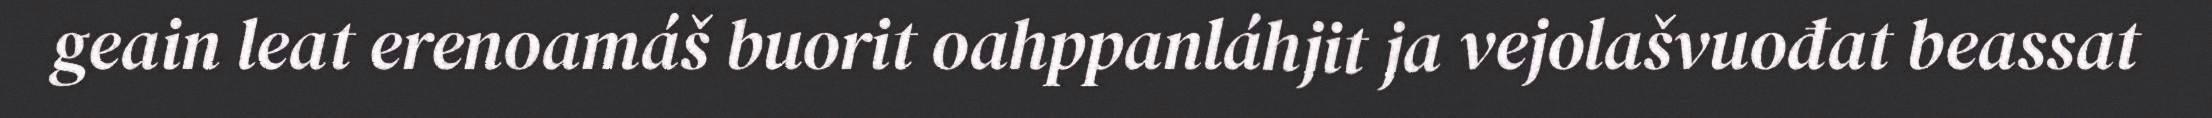
geain leat erenoamáš buorit oahppanláhjit ja vejolašvuođat beassat